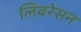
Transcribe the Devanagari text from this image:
लिबरेसन